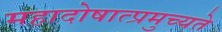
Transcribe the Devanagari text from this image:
महादोषात्प्रमुच्यते